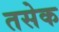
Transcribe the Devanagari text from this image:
तसेक